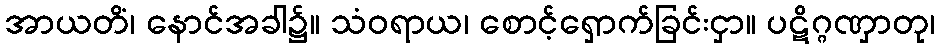
အာယတိံ၊ နောင်အခါ၌။ သံဝရာယ၊ စောင့်ရှောက်ခြင်းငှာ။ ပဋိဂ္ဂဏှာတု၊